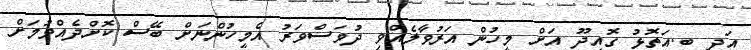
އަދި ބ.އަތޮޅު ގޮއިދޫ އަށް މީހުން އަރުވާލެއްވި ދުވަސްވަރު އެމީހުންނަށް ބޭސް ކޮށްދެއްވުމަށް